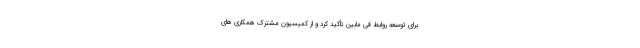
برای توسعه روابط فی مابین تأکید کرد و از کمیسیون مشترک همکاری های